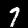
Label: 7